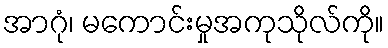
အာဂုံ၊ မကောင်းမှုအကုသိုလ်ကို။